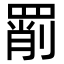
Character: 𦋞